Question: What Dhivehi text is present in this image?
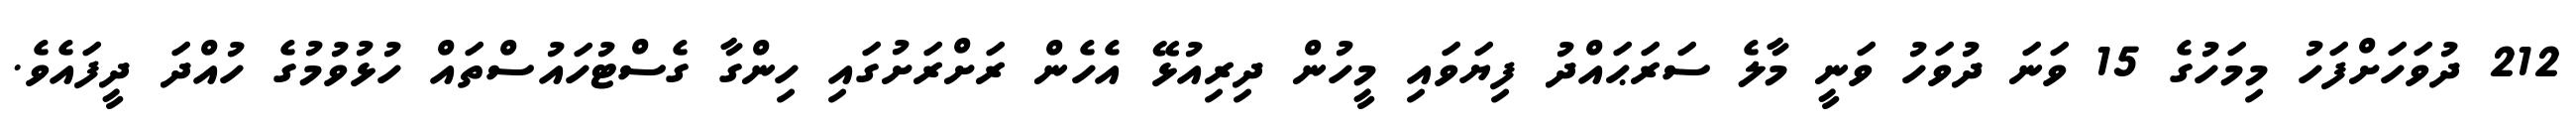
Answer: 212 ދުވަހަށްފަހު މިމަހުގެ 15 ވަނަ ދުވަހު ވަނީ މާލެ ސަރަޙައްދު ފިޔަވައި މީހުން ދިރިއުޅޭ އެހެން ރަށްރަށުގައި ހިންގާ ގެސްޓުހައުސްތައް ހުޅުވުމުގެ ހުއްދަ ދީފައެވެ.